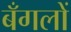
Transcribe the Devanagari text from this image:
बँगलों